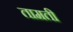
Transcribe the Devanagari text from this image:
तामती